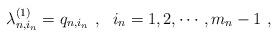
LaTeX: \begin{align*}\lambda_{n,i_n}^{(1)}=q_{n,i_n}\ ,\ \ i_n=1,2,\cdots,m_n-1\ ,\end{align*}